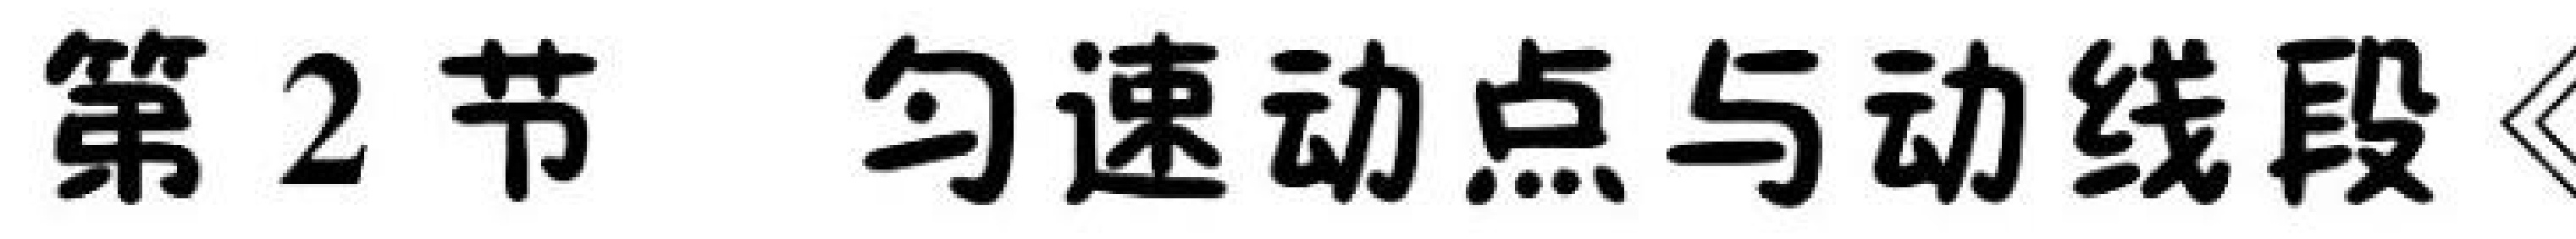
第2节 匀速动点与动线段